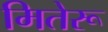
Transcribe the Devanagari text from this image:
मितेरू